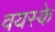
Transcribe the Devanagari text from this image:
वयस्के